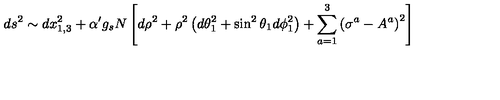
d s ^ { 2 } \sim d x _ { 1 , 3 } ^ { 2 } + \alpha ^ { \prime } g _ { s } N \left[ d \rho ^ { 2 } + \rho ^ { 2 } \left( d \theta _ { 1 } ^ { 2 } + \sin ^ { 2 } \theta _ { 1 } d \phi _ { 1 } ^ { 2 } \right) + \sum _ { a = 1 } ^ { 3 } \left( \sigma ^ { a } - A ^ { a } \right) ^ { 2 } \right]